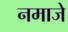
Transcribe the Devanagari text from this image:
नमाजे